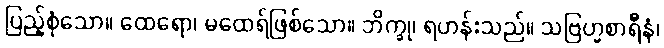
ပြည့်စုံသော။ ထေရော၊ မထေရ်ဖြစ်သော။ ဘိက္ခု၊ ရဟန်းသည်။ သဗြဟ္မစာရီနံ၊